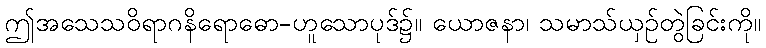
ဤအသေသဝိရာဂနိရောဓော-ဟူသောပုဒ်၌။ ယောဇနာ၊ သမာသ်ယှဉ်တွဲခြင်းကို။